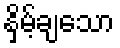
နှိမ့်ချသော